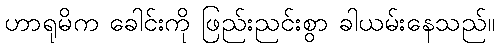
ဟာရုမိက ခေါင်းကို ဖြည်းညင်းစွာ ခါယမ်းနေသည်။